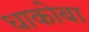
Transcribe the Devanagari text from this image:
धाकोबा